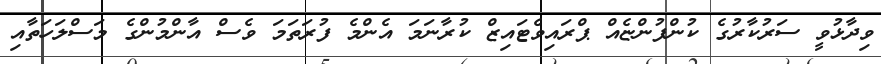
ވިދާޅުވީ ސަރުކާރުގެ ކުންފުންޏެއް ޕްރައިވެޓައިޒް ކުރާނަމަ އެންމެ ފުރަތަމަ ވެސް އާންމުންގެ މަސްލަހަތާއި